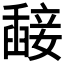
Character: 𥪵